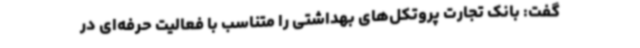
گفت: بانک تجارت پروتکل‌های بهداشتی را متناسب با فعالیت حرفه‌ای در